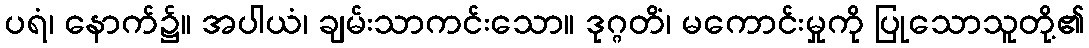
ပရံ၊ နောက်၌။ အပါယံ၊ ချမ်းသာကင်းသော။ ဒုဂ္ဂတိံ၊ မကောင်းမှုကို ပြုသောသူတို့၏